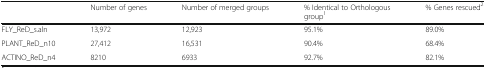
|  | Number of genes | Number of merged groups | % Identical to Orthologous group1 | % Genes rescued2 |
 | --- | --- | --- | --- | --- |
 | FLY_ReD_s.aln | 13,972 | 12,923 | 95.1% | 89.0% |
 | PLANT_ReD_n10 | 27,412 | 16,531 | 90.4% | 68.4% |
 | ACTINO_ReD_n4 | 8210 | 6933 | 92.7% | 82.1% |